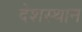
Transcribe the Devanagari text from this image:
देशस्थान